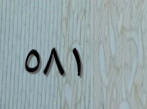
٥٨١